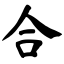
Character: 合